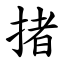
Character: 㨋